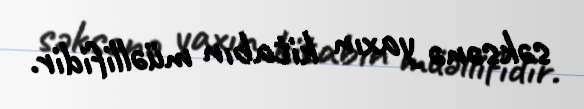
səksənə yaxın kitabın müəllifidir.